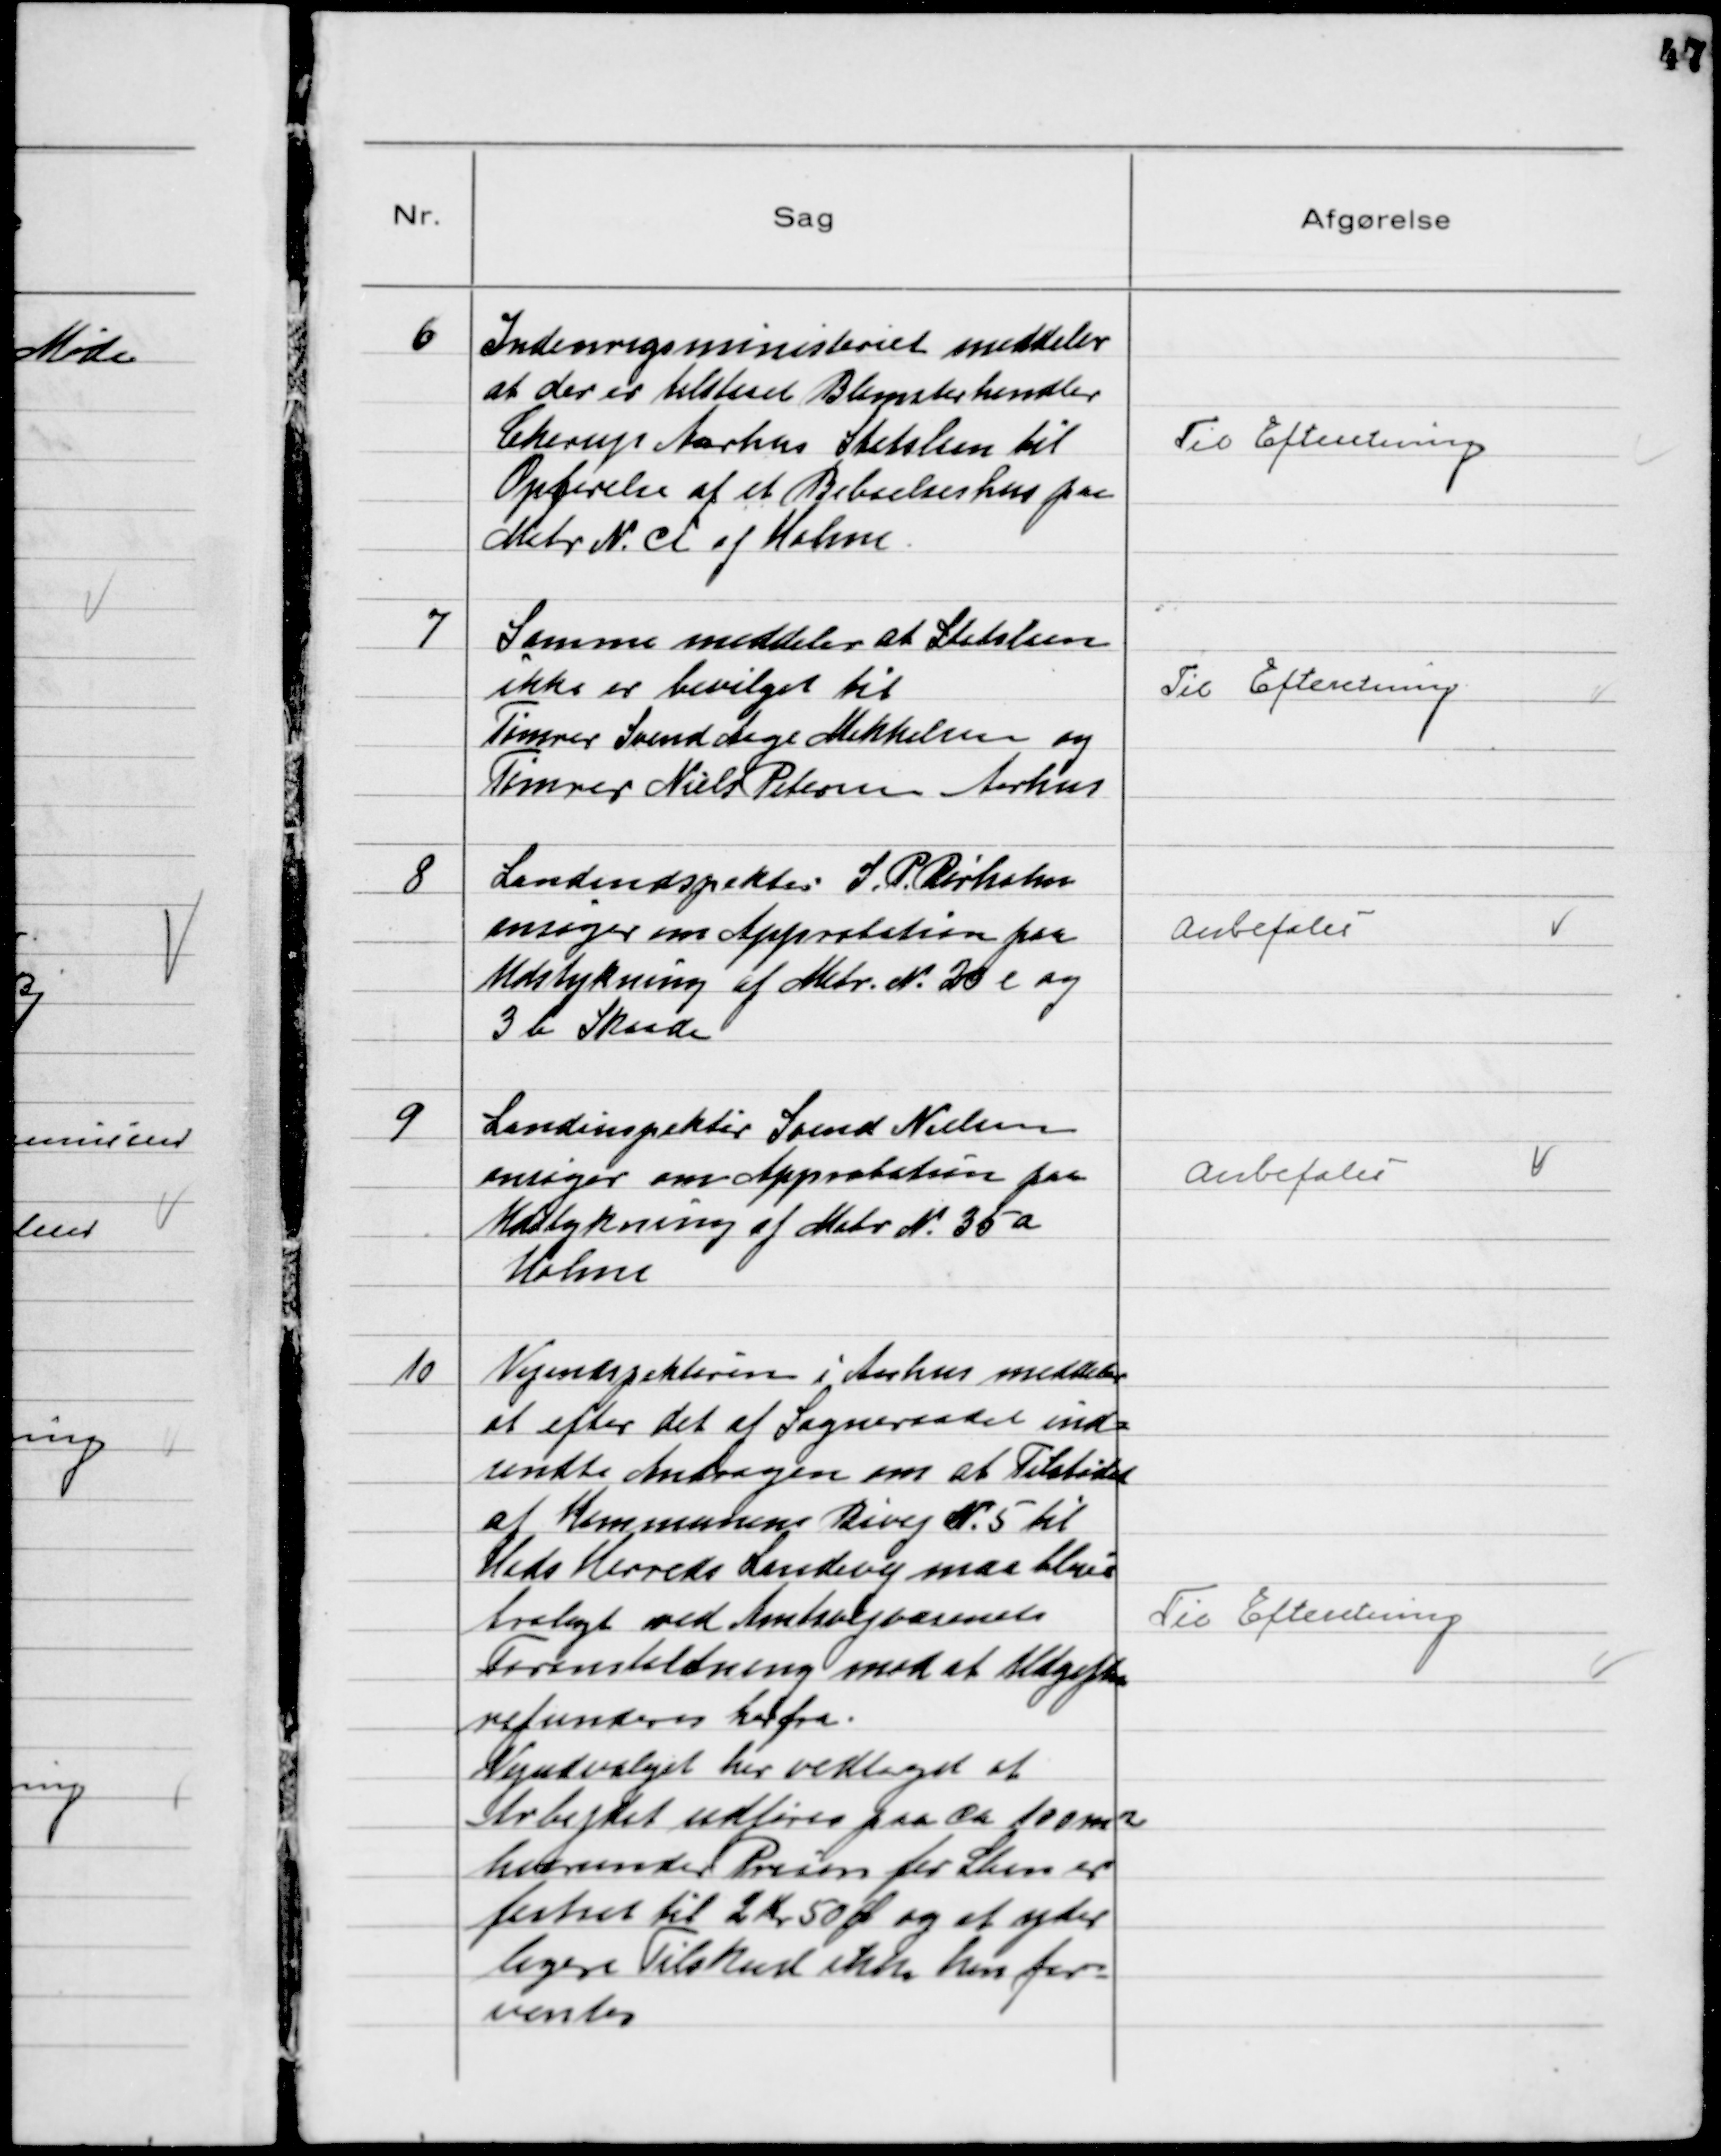
Transskription:
6
Indenrigsministeriet meddeler
at der er tilstaaet Blomsterhandler
Cherup Aarhus Statslaan til
Opførelse af et Beboelseshus paa
Matr N. ci af Holme

Til Efteretning

7
Samme meddeler at Statslaan
ikke er bevilget til
Tømrer Svend Aage Mikkelsen og
Tømrer Niels Petersen Aarhus

Til Efteretning

8
Landinspektør J. P rørholm
ansøger om Approbation paa
Udstykning af Matr N. 20 e og
3 b Skaade

Anbefales

9
Landinspektør Svend Nielsen
ansøger om Approbation paa
Udstykning af Matr N. 35 a
Holme

Anbefales

10
Vejinspektøren i Aarhus meddeler
at efter det af Sogneraadet ind-
sendte Andragen om at Tilstødet
af Kommunens Bivej N. 5 til
Hads Herreds Landevej maa blive
brolagt ved Amtsvejvæsenets
Foranstaltning mod at Udgiften
refunderes herfra.
Vejudvalget har vedtaget at
Arbejdet udføres paa ca100㎡
herunder Prisen for Sten er
fastsat til 2 Kr 50 Ø og at yder
ligere Tilskud ikke kan for
ventes

Til Efteretning